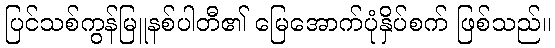
ပြင်သစ်ကွန်မြူနစ်ပါတီ၏ မြေအောက်ပုံနှိပ်စက် ဖြစ်သည်။